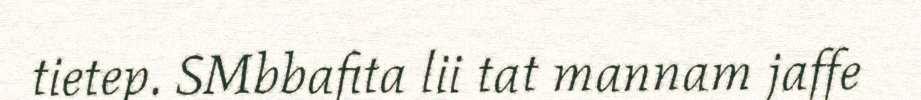
tietep. SMbbafita lii tat mannam jaffe